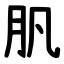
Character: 䏎